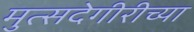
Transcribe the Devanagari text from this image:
मुत्सदेगीरीच्या